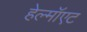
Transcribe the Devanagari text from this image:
हेल्मॉएट